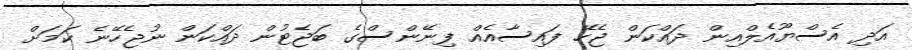
އަދި އެސްޔޫއެލްއިން ދައްކަން ޖެހޭ ފައިސާއެއް ފިނޭންސްގެ ބަޖެޓުން ދައްކަން ނުޖެހޭނެ ކަމަށް